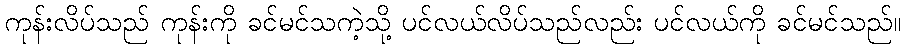
ကုန်းလိပ်သည် ကုန်းကို ခင်မင်သကဲ့သို့ ပင်လယ်လိပ်သည်လည်း ပင်လယ်ကို ခင်မင်သည်။